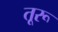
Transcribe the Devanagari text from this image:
तूरू